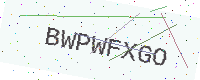
Text: BWPWFXGO